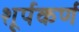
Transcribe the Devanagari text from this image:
शूर्पकर्ण